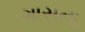
ગાસના